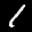
Label: 1